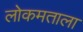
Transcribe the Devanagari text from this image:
लोकमताला